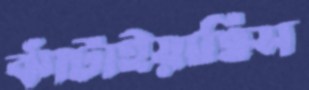
ঝাঁটাইয়াছিস